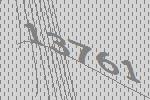
13761